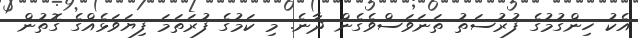
އެކު ހިންގުމުގެ ފުރުސަތު ތަނަވަސްވެގެން ދާނެ. މި ކަމުގެ ފުރަތަމަ ފިޔަވަޅެއްގެ ގޮތުން